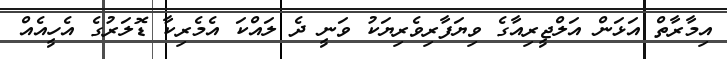
އިމާރާތް އަޅަން އަލްޖީރިއާގެ ވިޔަފާރިވެރިޔަކު ވަނީ ދެ ލައްކަ އެމެރިކާ ޑޮލަރުގެ އެހީއެއް